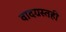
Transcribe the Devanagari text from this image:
वादग्रस्तही